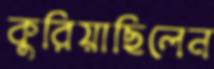
কুরিয়াছিলেন